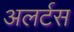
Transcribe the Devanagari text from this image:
अलर्टस